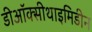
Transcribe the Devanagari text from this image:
डीऑक्सीथाइमिडीन